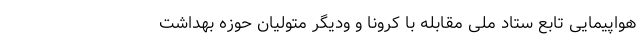
هواپیمایی تابع ستاد ملی مقابله با کرونا و ودیگر متولیان حوزه بهداشت